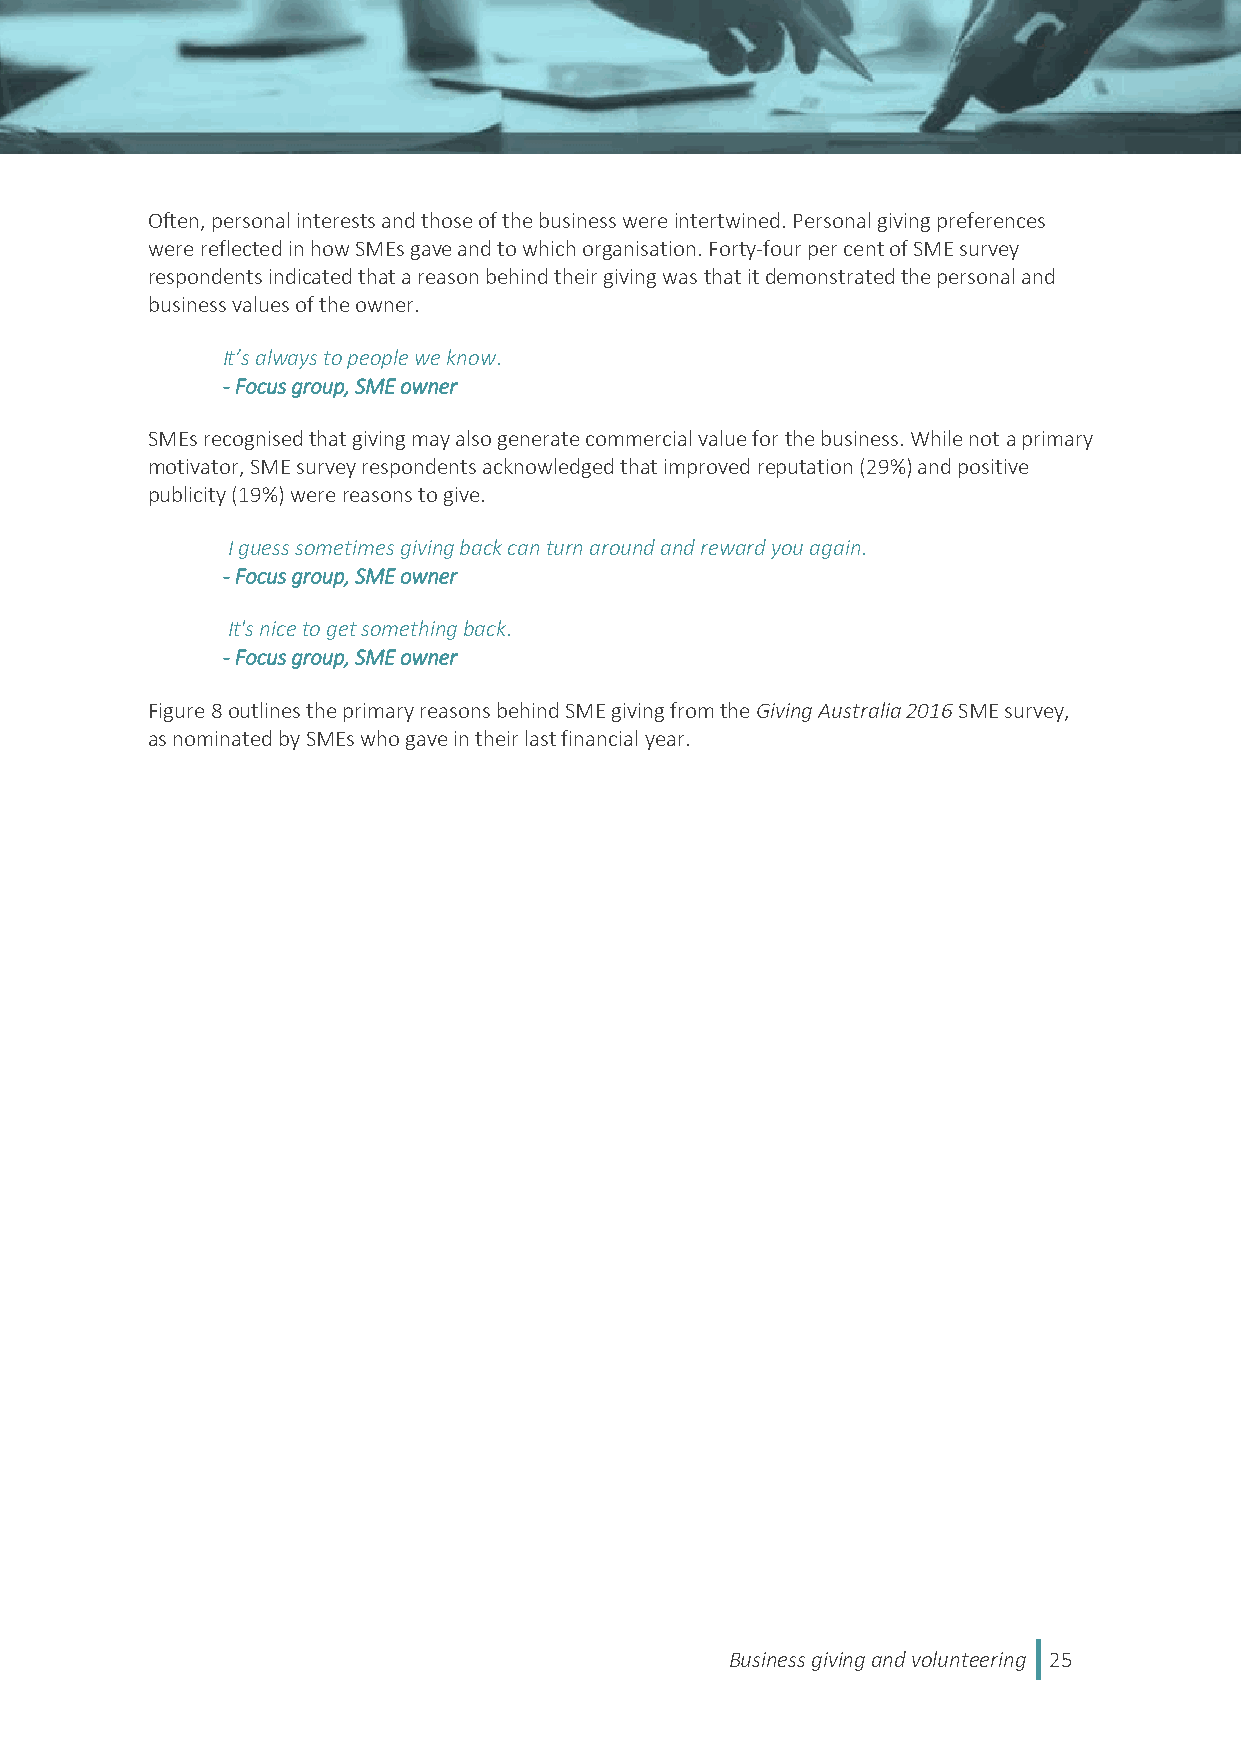
Often, personal interests and those of the business were intertwined. Personal giving preferences
 were reflected in how SMEs gave and to which organisation. Forty-four per cent of SME survey
 respondents indicated that a reason behind their giving was that it demonstrated the personal and
 business values of the owner.
 It’s always to people we know.
 - Focus group, SME owner
 SMEs recognised that giving may also generate commercial value for the business. While not a primary
 motivator, SME survey respondents acknowledged that improved reputation (29%) and positive
 publicity (19%) were reasons to give.
 I guess sometimes giving back can turn around and reward you again.
 - Focus group, SME owner
 It's nice to get something back.
 - Focus group, SME owner
 Figure 8 outlines the primary reasons behind SME giving from the Giving Australia 2016 SME survey,
 as nominated by SMEs who gave in their last financial year.
 Business giving and volunteering 25